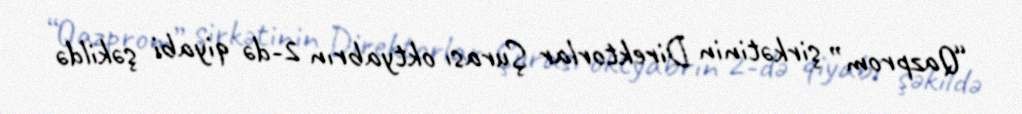
“Qazprom” şirkətinin Direktorlar Şurası oktyabrın 2-də qiyabi şəkildə